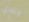
بإغلاق